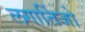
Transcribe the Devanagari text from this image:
लगार्तिजो